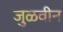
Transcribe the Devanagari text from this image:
जुळवीन